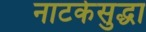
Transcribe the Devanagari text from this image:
नाटकेसुद्धा